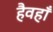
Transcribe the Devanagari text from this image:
हैवहाँ